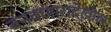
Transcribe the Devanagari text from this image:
बनवणारादेखील